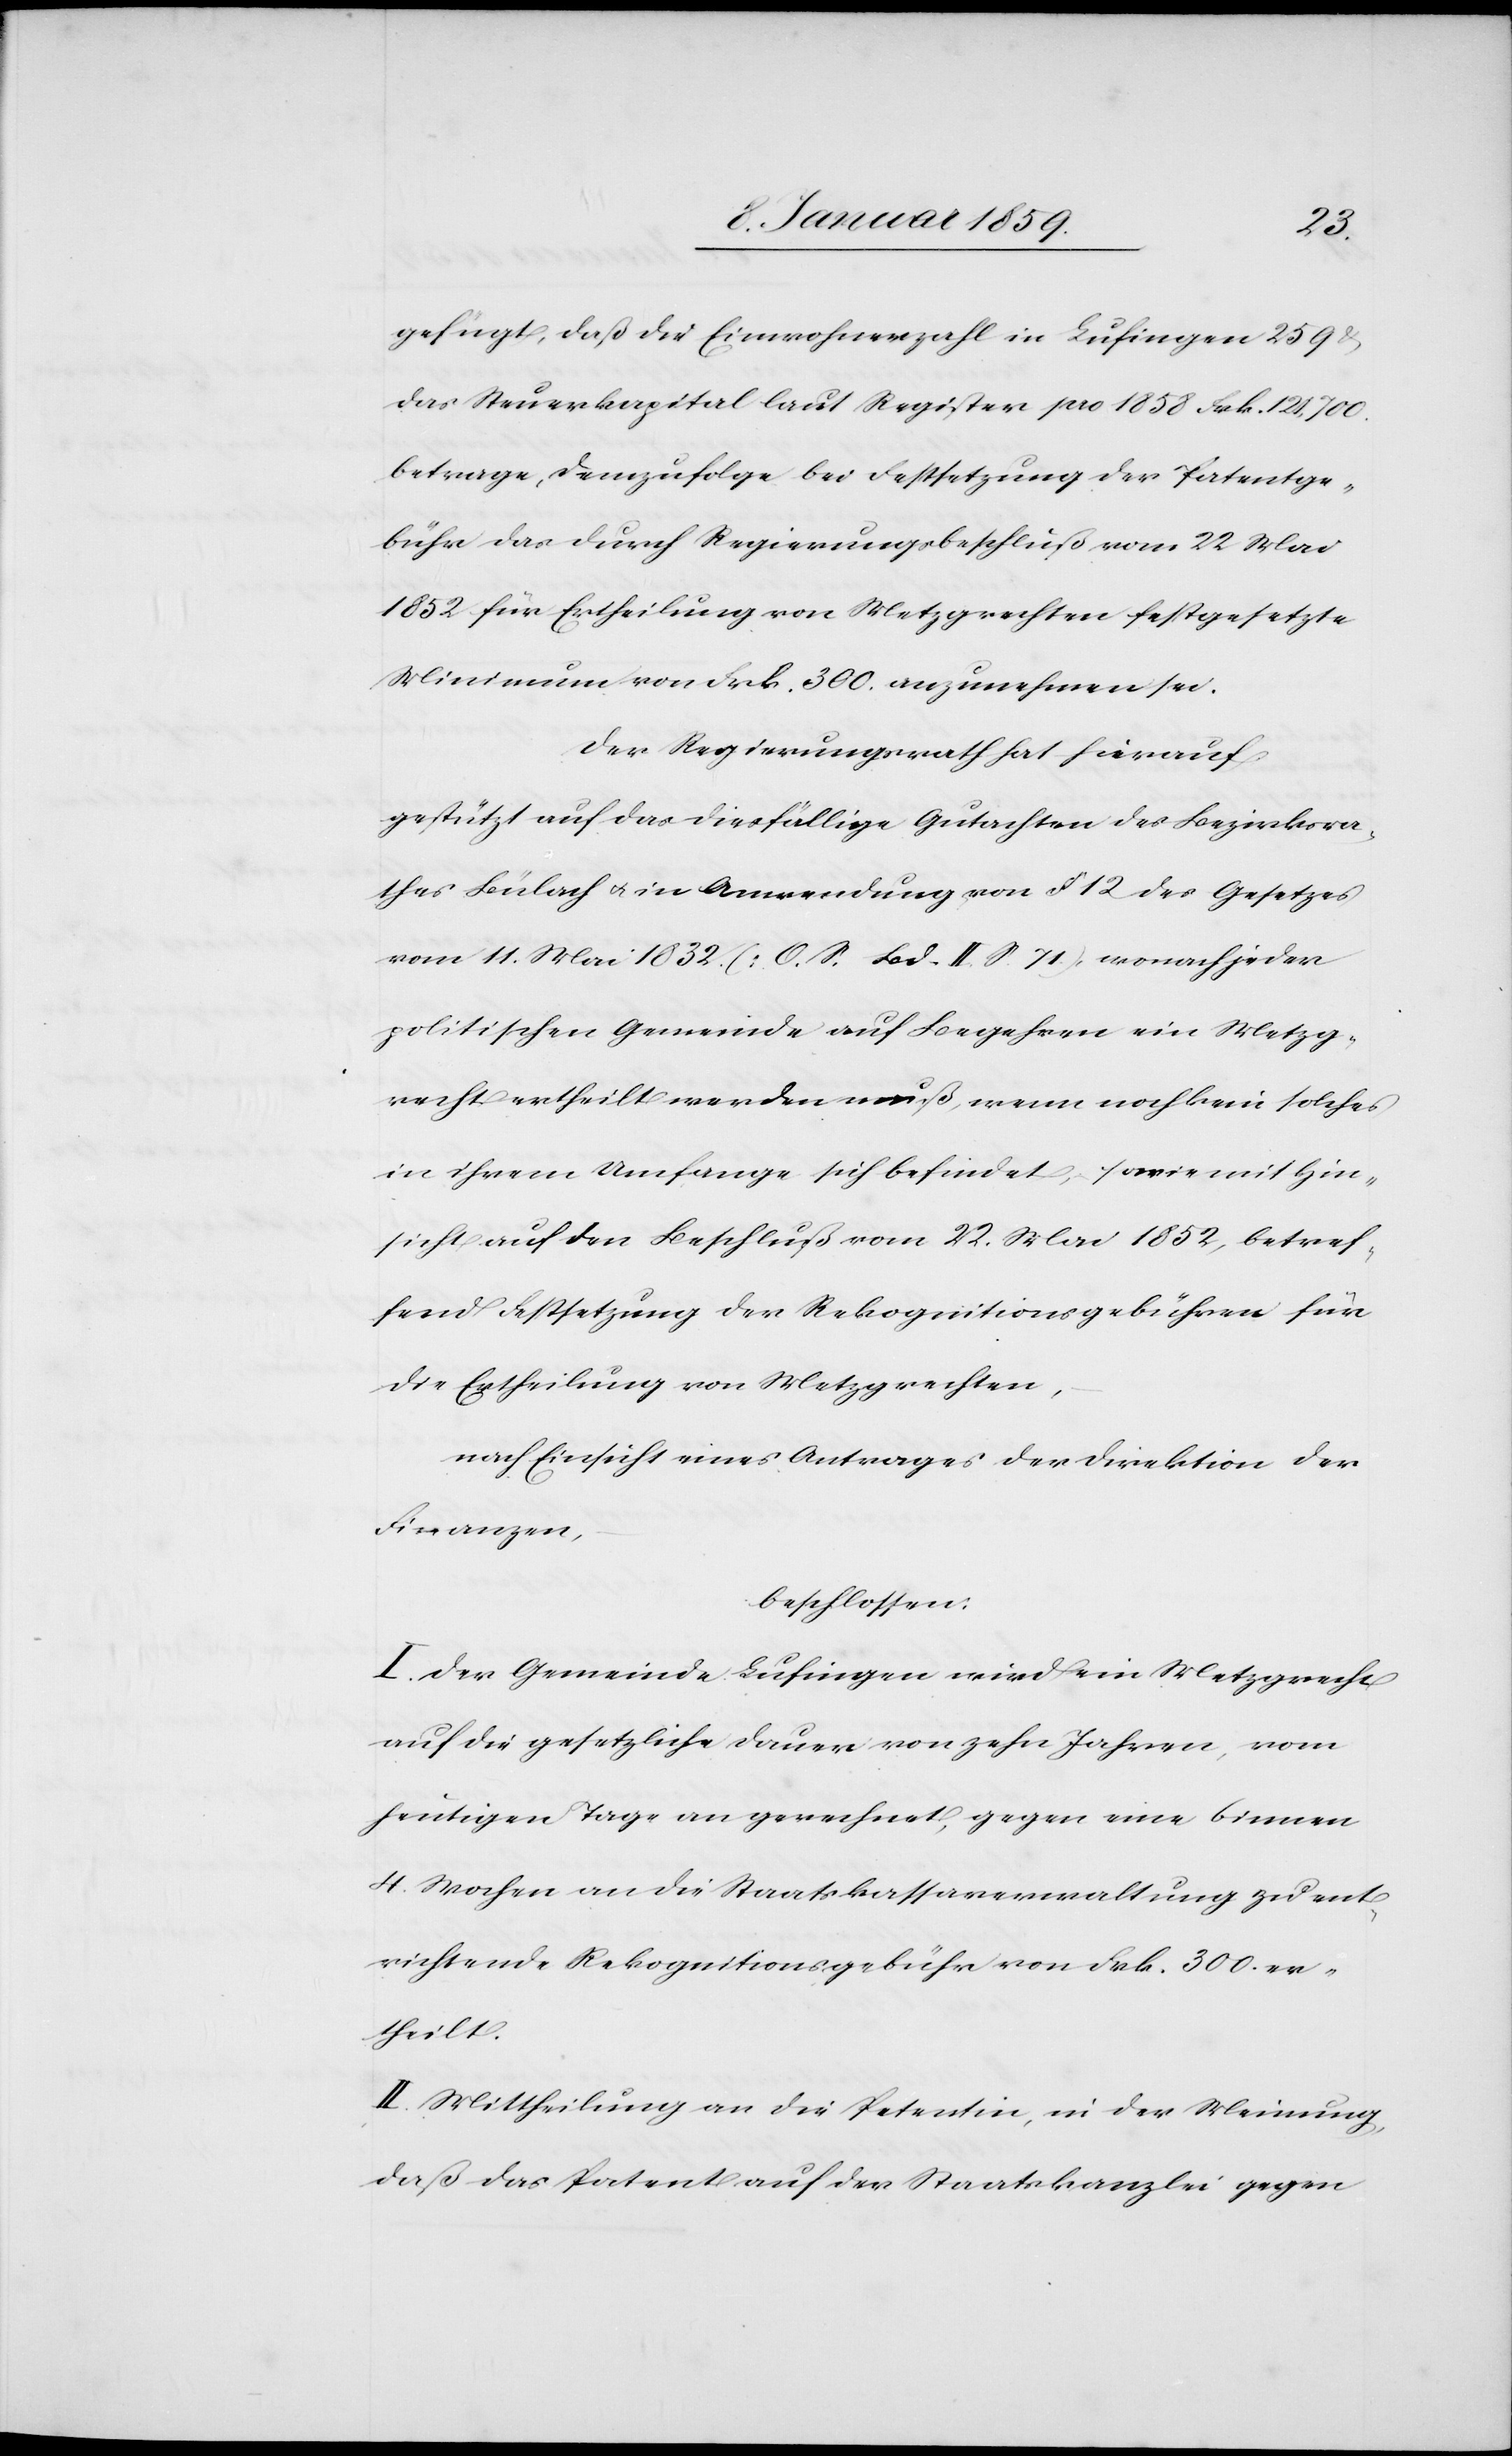
gefügt, daß die Einwohnerzahl in Lufingen 259 u.
das Steuerkapital laut Register pro 1858 Frk. 121,700.
betrage, demzufolge bei Festsetzung der Patentge¬
bühr das durch Regierungsbeschluß vom 22 Mai
1852 für Ertheilung von Metzgrechten festgesetzte
Minimum von Frk. 300. anzunehmen sei.
Der Regierungsrath hat hierauf
gestützt auf das diesfällige Gutachten des Bezirksra¬
thes Bülach u. in Anwendung von § 12 des Gesetzes
vom 11. Mai 1832 (O. S. Bd. II. S. 71.), wonach jeder
politischen Gemeinde auf Begehren ein Metzg¬
recht ertheilt werden muß, wenn noch kein solches
in ihrem Umfange sich befindet, sowie mit Hin¬
sicht auf den Beschluß vom 22. Mai 1852, betref¬
fend Festsetzung der Rekognitionsgebühren für
die Ertheilung von Metzgrechten,
nach Einsicht eines Antrages der Direktion der
Finanzen,
beschlossen:
I. Der Gemeinde Lufingen wird ein Metzgrecht
auf die gesetzliche Dauer von zehn Jahren, vom
heutigen Tage an gerechnet, gegen eine binnen
4. Wochen an die Staatskassaverwaltung zu ent¬
richtende Rekognitionsgebühr von Frk. 300. er¬
theilt.
II. Mittheilung an die Petentin, in der Meinung,
daß das Patent auf der Staatskanzlei gegen